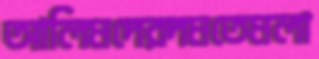
আলিমদেরদমতেমলা